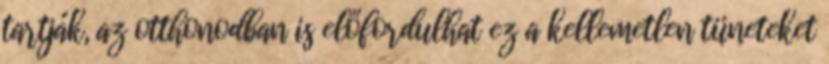
tartják, az otthonodban is előfordulhat ez a kellemetlen tüneteket